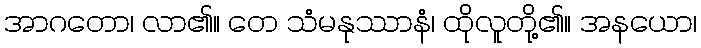
အာဂတော၊ လာ၏။ တေ သံမနုဿာနံ၊ ထိုလူတို့၏။ အနယော၊